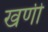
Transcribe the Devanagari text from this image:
खणी